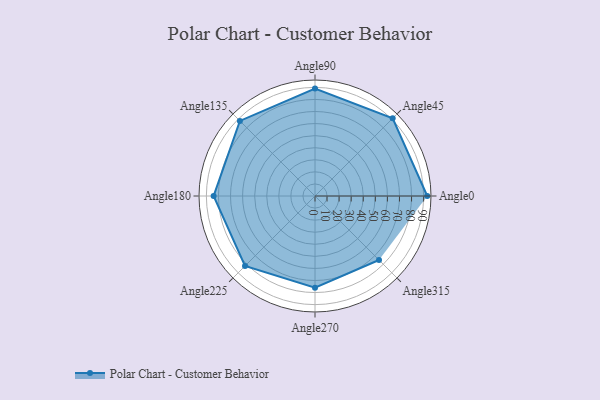
{"axis": {"x": "Angle", "y": "Radius"}, "legend": [""], "data": [{"x": "Angle0", "y": 93.0, "type": ""}, {"x": "Angle45", "y": 91.0, "type": ""}, {"x": "Angle90", "y": 89.0, "type": ""}, {"x": "Angle135", "y": 88.0, "type": ""}, {"x": "Angle180", "y": 84.0, "type": ""}, {"x": "Angle225", "y": 82.0, "type": ""}, {"x": "Angle270", "y": 76.0, "type": ""}, {"x": "Angle315", "y": 75.0, "type": ""}]}